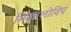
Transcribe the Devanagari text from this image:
मिखालोविच